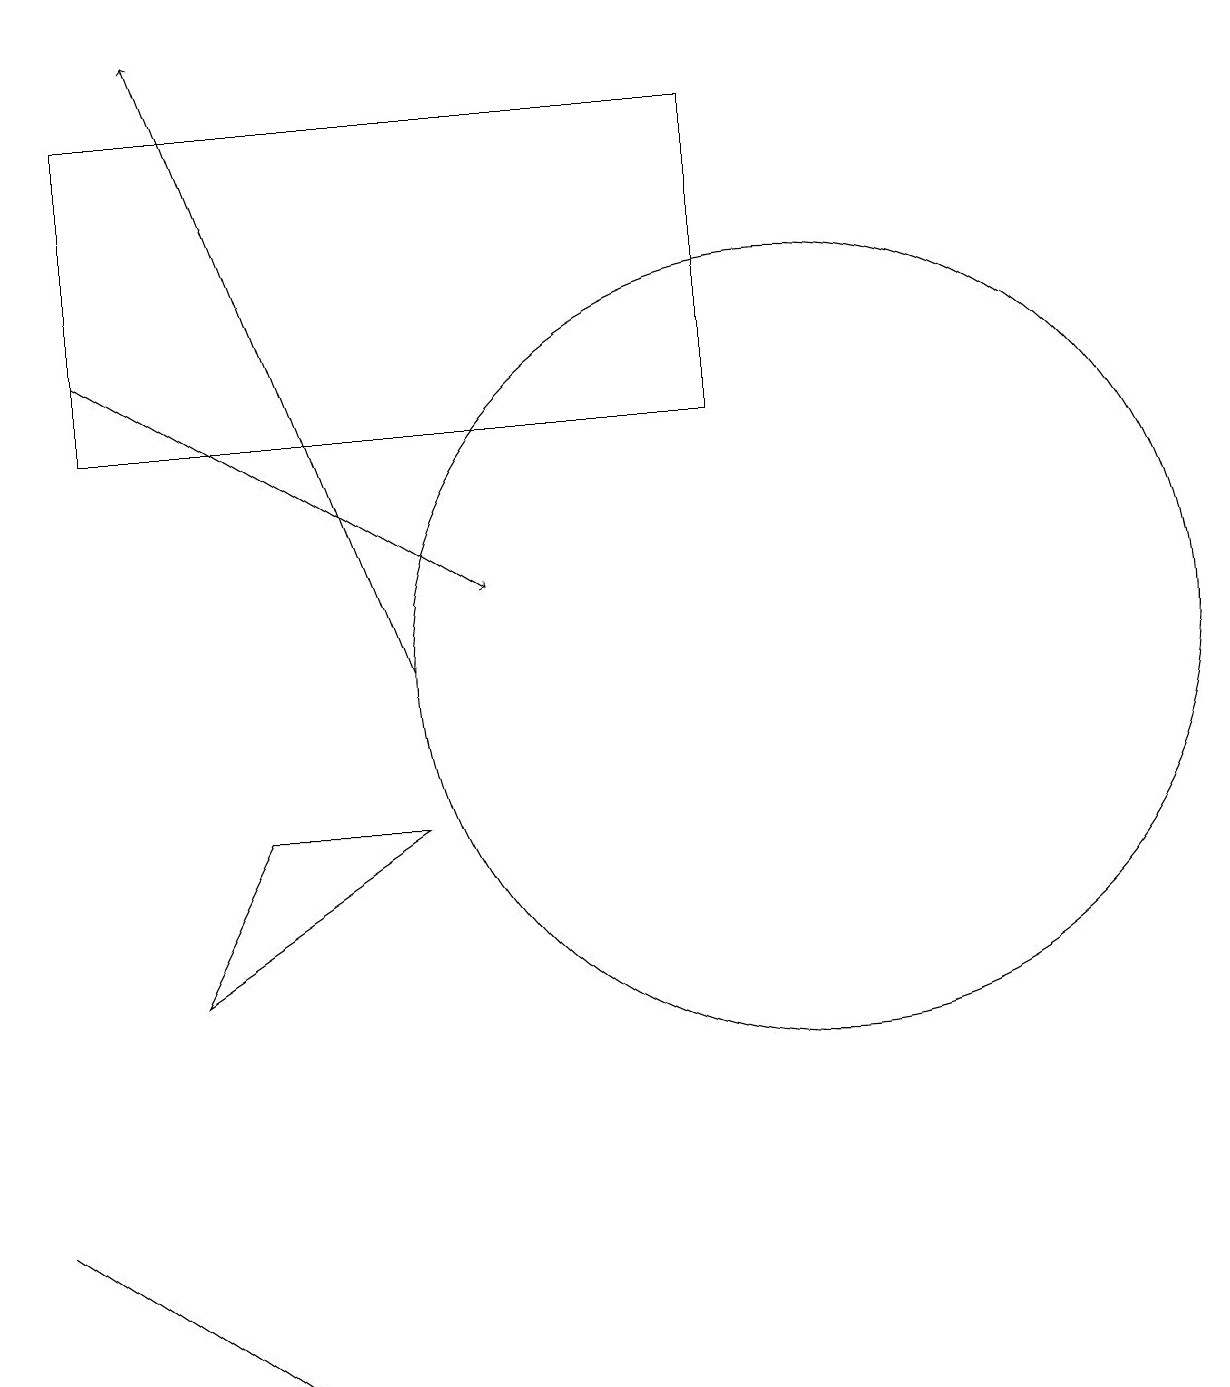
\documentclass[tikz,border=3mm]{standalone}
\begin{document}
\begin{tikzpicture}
\draw[->] (5,11) -- (2,19);
\draw (10,11) circle (5);
\draw (9,14) rectangle (8,14);
\draw (1,18) rectangle (9,14);
\draw[->] (1,15) -- (6,12);
\draw (3,9) -- (5,9) -- (2,7) -- cycle;
\draw (0,4) -- (3,2) -- (0,4) -- cycle;
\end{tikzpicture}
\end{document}